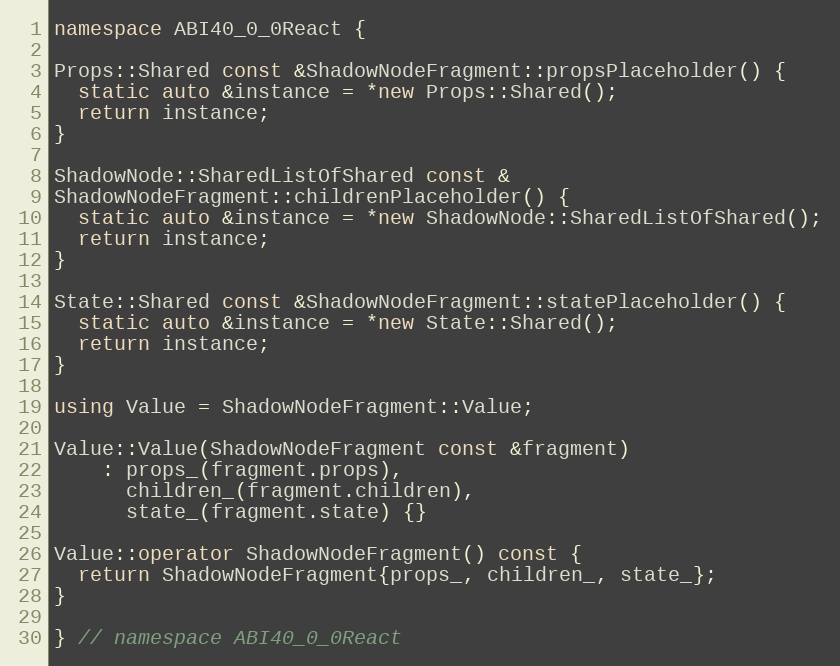
Language: C++
namespace ABI40_0_0React {

Props::Shared const &ShadowNodeFragment::propsPlaceholder() {
  static auto &instance = *new Props::Shared();
  return instance;
}

ShadowNode::SharedListOfShared const &
ShadowNodeFragment::childrenPlaceholder() {
  static auto &instance = *new ShadowNode::SharedListOfShared();
  return instance;
}

State::Shared const &ShadowNodeFragment::statePlaceholder() {
  static auto &instance = *new State::Shared();
  return instance;
}

using Value = ShadowNodeFragment::Value;

Value::Value(ShadowNodeFragment const &fragment)
    : props_(fragment.props),
      children_(fragment.children),
      state_(fragment.state) {}

Value::operator ShadowNodeFragment() const {
  return ShadowNodeFragment{props_, children_, state_};
}

} // namespace ABI40_0_0React